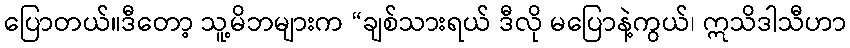
ပြောတယ်။ဒီတော့ သူ့မိဘများက “ချစ်သားရယ် ဒီလို မပြောနဲ့ကွယ်၊ ဣသိဒါသီဟာ